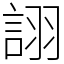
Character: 詡